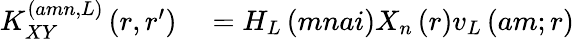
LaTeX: \begin{array}{rl}{K_{XY}^{\left(amn,L\right)}\left(r,r^{\prime}\right)}&{{}=H_{L}\left(mnai\right)X_{n}\left(r\right)v_{L}\left(am;r\right)}\end{array}